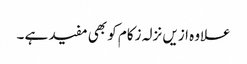
علاوہ ازیں نزلہ زکام کو بھی مفید ہے ۔